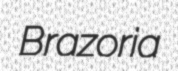
Brazoria